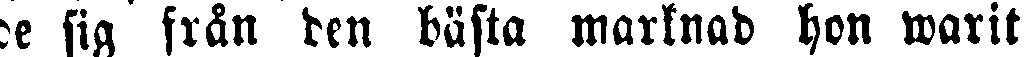
de sig från den bästa marknad hon warit